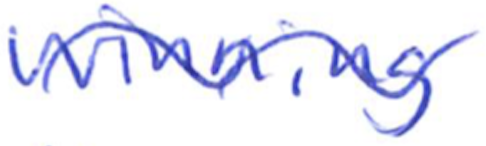
Text: winning
Cross-out: wave
Writing tool: ballpoint